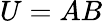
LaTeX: U=AB